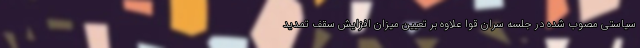
سیاستی مصوب شده در جلسه سران قوا علاوه بر تعیین میزان افزایش سقف تمدید